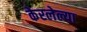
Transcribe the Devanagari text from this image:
केरलेल्या